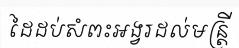
ដៃដប់សំពះអង្វរដល់មន្ត្រី